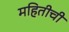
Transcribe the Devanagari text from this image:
महितीची